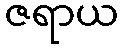
ဇရာယ